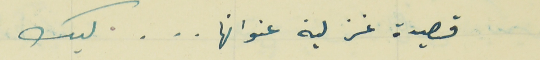
قصيدة غزلية عنوانها   .   .   .   ليك